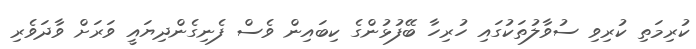
ކުރިމަތި ކުރިވި ސުވާލުތަކުގައި ހުރިހާ ބޭފުޅުންގެ ކިބައިން ވެސް ފެނިގެންދިޔައީ ވަރަށް ވާދަވެރި